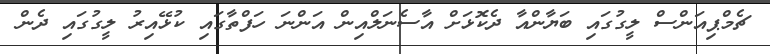
ޗެމްޕިއަންސް ލީގުގައި ބަޔާންއާ ދެކޮޅަށް އާސެނަލްއިން އަންނަ ހަފްތާގައި ކުޅޭއިރު ލީގުގައި ދެން